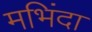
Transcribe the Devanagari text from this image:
मभिंदा